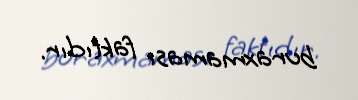
buraxmaması faktıdır.